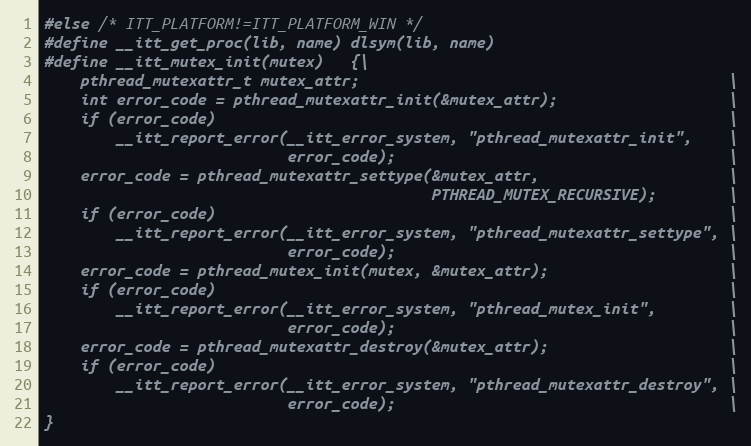
Language: C
#else /* ITT_PLATFORM!=ITT_PLATFORM_WIN */
#define __itt_get_proc(lib, name) dlsym(lib, name)
#define __itt_mutex_init(mutex)   {\
    pthread_mutexattr_t mutex_attr;                                         \
    int error_code = pthread_mutexattr_init(&mutex_attr);                   \
    if (error_code)                                                         \
        __itt_report_error(__itt_error_system, "pthread_mutexattr_init",    \
                           error_code);                                     \
    error_code = pthread_mutexattr_settype(&mutex_attr,                     \
                                           PTHREAD_MUTEX_RECURSIVE);        \
    if (error_code)                                                         \
        __itt_report_error(__itt_error_system, "pthread_mutexattr_settype", \
                           error_code);                                     \
    error_code = pthread_mutex_init(mutex, &mutex_attr);                    \
    if (error_code)                                                         \
        __itt_report_error(__itt_error_system, "pthread_mutex_init",        \
                           error_code);                                     \
    error_code = pthread_mutexattr_destroy(&mutex_attr);                    \
    if (error_code)                                                         \
        __itt_report_error(__itt_error_system, "pthread_mutexattr_destroy", \
                           error_code);                                     \
}